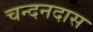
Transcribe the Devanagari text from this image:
चन्दनदास